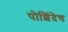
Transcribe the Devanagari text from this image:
पोशिंदेच